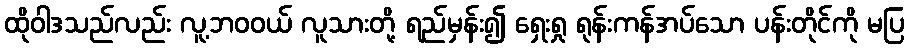
ထိုဝါဒသည်လည်း လူ့ဘဝဝယ် လူသားတို့ ရည်မှန်း၍ ရှေးရှု ရုန်းကန်အပ်သော ပန်းတိုင်ကို မပြ